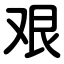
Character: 艰